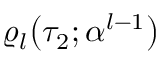
\varrho _ { l } \big ( \tau _ { 2 } ; \boldsymbol { \alpha } ^ { l - 1 } \big )